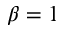
\beta = 1